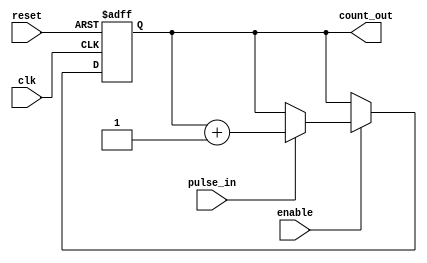
module pulse_counter (
    input wire clk,          // Clock signal
    input wire reset,        // Asynchronous reset signal
    input wire pulse_in,     // Input pulse signal
    input wire enable,       // Enable signal (optional)
    output reg [15:0] count_out // 16-bit output count value
);

    // The counter will be 16 bits wide. You can adjust this width as needed.

    // Always block triggered on the rising edge of the clock
    always @(posedge clk or posedge reset) begin
        if (reset) begin
            // Reset the counter to zero
            count_out <= 16'b0;
        end else if (enable) begin
            // Increment the counter on the rising edge of pulse_in
            if (pulse_in) begin
                count_out <= count_out + 1;
            end
        end
    end

endmodule